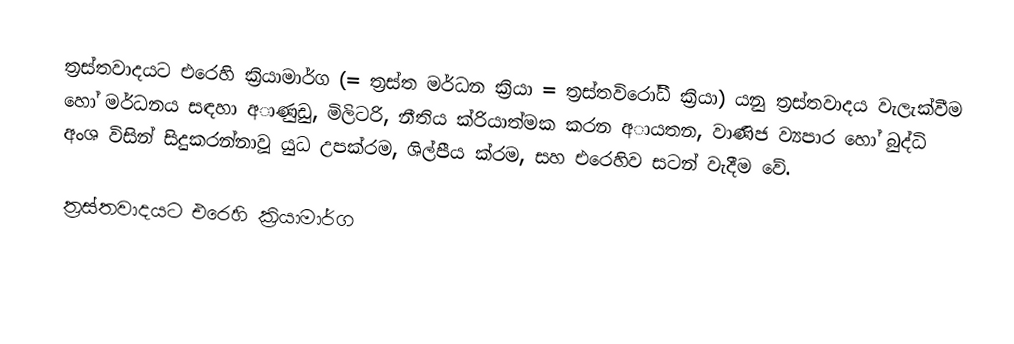
ත්‍රස්තවාදයට එරෙහි ක්‍රියාමාර්ග  (= ත්‍රස්ත මර්ධන ක්‍රියා = ත්‍රස්තවිරෝධී ක්‍රියා) යනු ත්‍රස්තවාදය වැලැක්වීම හෝ මර්ධනය සඳහා අාණුඩු, මිලිටරි, නීතිය ක්රියාත්මක කරන අායතන, වාණිජ ව්‍යපාර  හෝ බුද්ධි අංශ විසින් සිදුකරන්නාවූ යුධ උපක්රම, ශිල්පීය ක්රම, සහ එරෙහිව සටන් වැදීම වේ.

ත්‍රස්තවාදයට එරෙහි ක්‍රියාමාර්ග